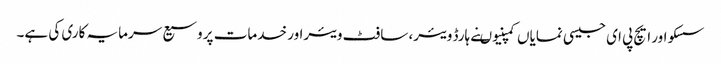
سسکو اور ایچ پی ای جیسی نمایاں کمپنیوںنے ہارڈ ویئر، سافٹ ویئراور خدمات پر وسیع سرمایہ کاری کی ہے۔